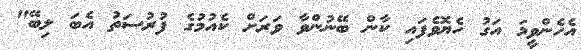
އެހެންވީމަ އަގު ހެޔޮވެފައި ކާން ބޭނުންވާ ވަރަށް ކެއުމުގެ ފުރުސަތު އެބަ ލިބޭ"